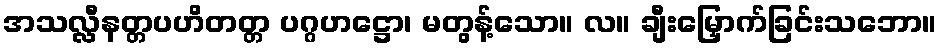
အသလ္လီနတ္တပဟိတတ္တ ပဂ္ဂဟဋ္ဌော၊ မတွန့်သော။ လ။ ချီးမြှောက်ခြင်းသဘော။